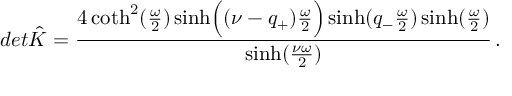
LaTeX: d e t \hat { K } = { \frac { 4 \coth ^ { 2 } ( { \frac { \omega } { 2 } } ) \sinh \Bigl ( ( \nu - q _ { + } ) { \frac { \omega } { 2 } } \Bigr ) \sinh ( q _ { - } { \frac { \omega } { 2 } } ) \sinh ( { \frac { \omega } { 2 } } ) } { \sinh ( { \frac { \nu \omega } { 2 } } ) } } \, .